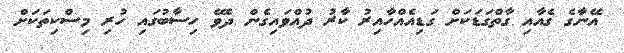
އޭނާގެ ގެއާއި ގާތްގަޑަކަށް ގަޑިއެއްހާއިރު ކާރު ދުއްވައިގެން ދެވޭ ހިސާބުގައި ހުރި މިސްކިތަކަށް